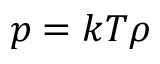
p = k T \rho